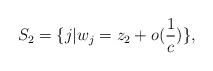
LaTeX: \begin{align*}S_{2}=\{j|w_{j}=z_{2}+o (\frac{1}{c})\},\end{align*}